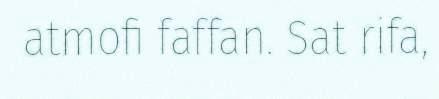
atmofi faffan. Sat rifa,